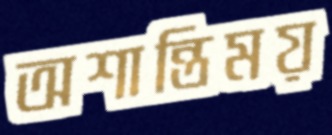
অশান্তিময়